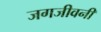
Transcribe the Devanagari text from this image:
जगजीवनी